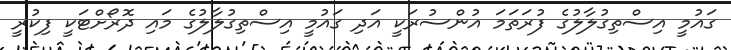
ގައުމީ އިސްތިގުލާލުގެ ފުރަތަމަ އުންސުރަކީ އަދި ގައުމީ އިސްތިގުލާލުގެ މައި ދޮރޯށްޓަކީ ފިކުރީ